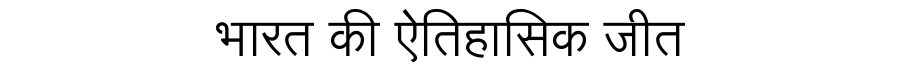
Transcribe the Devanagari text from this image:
भारत की ऐतिहासिक जीत